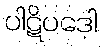
ပါဋိပဒေါ